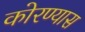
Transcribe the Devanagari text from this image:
कोरण्यास